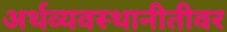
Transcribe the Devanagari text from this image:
अर्थव्यवस्थानीतीवर